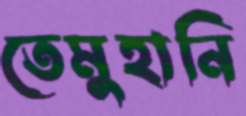
তেমুহানি